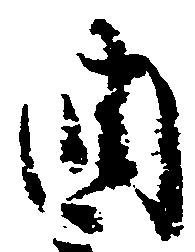
潤